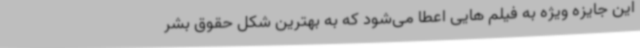
این جایزه ویژه به فیلم هایی اعطا می‌شود که به بهترین شکل حقوق بشر